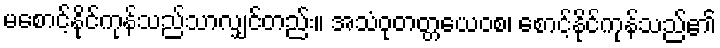
မစောင့်နိုင်ကုန်သည်သာလျှင်တည်း။ အသံဝုတတ္တယေဝစ၊ စောင့်နိုင်ကုန်သည်၏